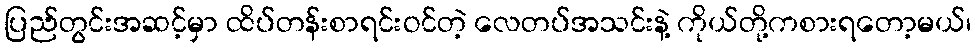
ပြည်တွင်းအဆင့်မှာ ထိပ်တန်းစာရင်းဝင်တဲ့ လေတပ်အသင်းနဲ့ ကိုယ်တို့ကစားရတော့မယ်၊